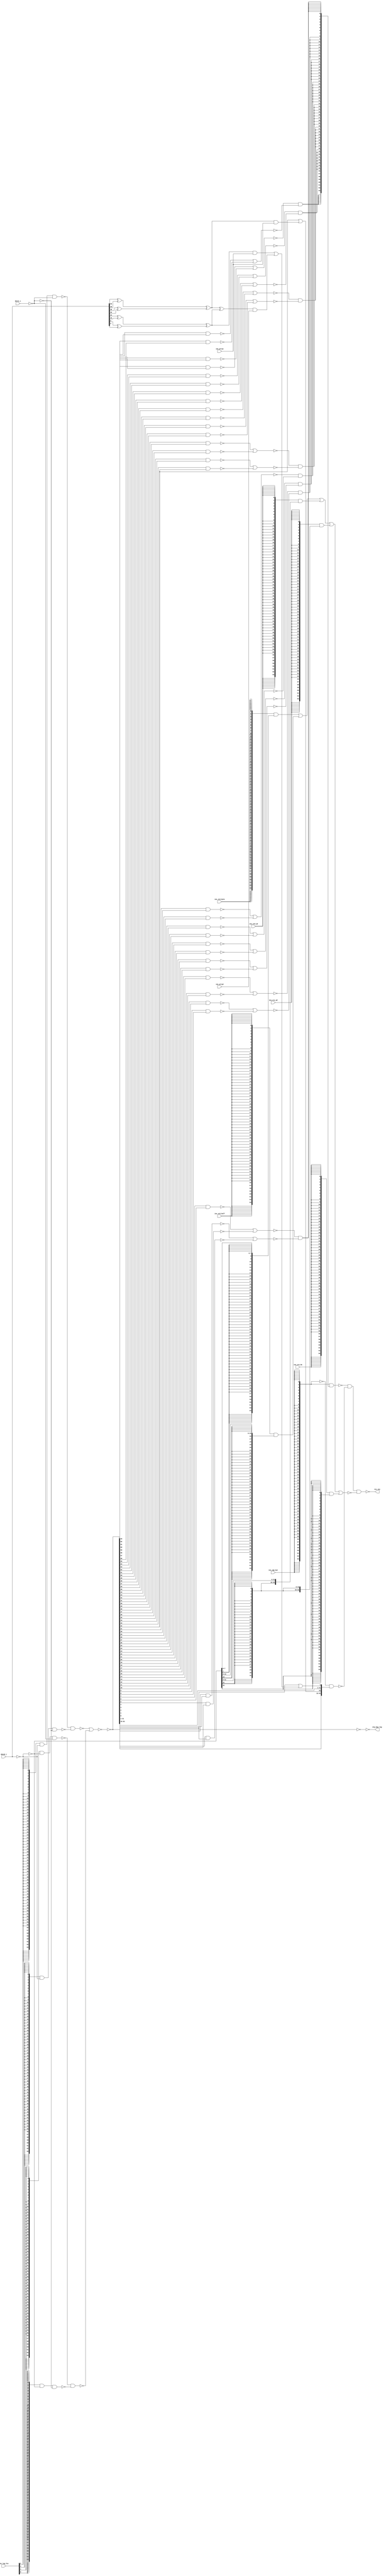
module tri_st_rot_ins(
   ins_log_fcn,
   ins_cmp_byt,
   ins_sra_wd,
   ins_sra_dw,
   ins_xtd_byte,
   ins_xtd_half,
   ins_xtd_wd,
   ins_prtyw,
   ins_prtyd,
   data0_i,
   data1_i,
   mrg_byp_log,
   res_ins
);
   input [0:3]   ins_log_fcn;		// use pass ra for rlwimi
   // rs, ra/rb
   // 0000 => "0"
   // 0001 => rs AND  rb
   // 0010 => rs AND !rb
   // 0011 => rs
   // 0100 => !rs and RB
   // 0101 =>         RB
   // 0110 => rs xor  RB
   // 0111 => rs or   RB
   // 1000 => rs nor  RB
   // 1001 => rs xnor RB (use for cmp-byt)
   // 1010 =>        !RB
   // 1011 => rs or  !rb
   // 1100 => !rs
   // 1101 => rs nand !rb, !rs or rb
   // 1110 => rs nand rb   ...
   // 1111 => "1"

   input         ins_cmp_byt;
   input         ins_sra_wd;
   input         ins_sra_dw;

   input         ins_xtd_byte;		// use with xtd
   input         ins_xtd_half;		// use with xtd
   input         ins_xtd_wd;		// use with xtd, sra

   input         ins_prtyw;
   input         ins_prtyd;

   input [0:63]  data0_i;		//data input (rs)
   input [0:63]  data1_i;		//data input (ra|rb)
   output [0:63] mrg_byp_log;
   output [0:63] res_ins;		//insert data (also result of logicals)


   wire [0:63]   mrg_byp_log_b;

   wire [0:63]   res_log;
   wire [0:7]    byt_cmp;
   wire [0:7]    byt_cmp_b;
   wire [0:63]   byt_cmp_bus;
   wire [0:63]   sign_xtd_bus;
   wire [0:63]   xtd_byte_bus;
   wire [0:63]   xtd_half_bus;
   wire [0:63]   xtd_wd_bus;
   wire [0:63]   sra_dw_bus;
   wire [0:63]   sra_wd_bus;
   wire [0:63]   res_ins0_b;
   wire [0:63]   res_ins1_b;
   wire [0:63]   res_ins2_b;
   wire [0:63]   res_log0_b;
   wire [0:63]   res_log1_b;
   wire [0:63]   res_log2_b;
   wire [0:63]   res_log3_b;
   wire [0:63]   res_log_o0;
   wire [0:63]   res_log_o1;
   wire [0:63]   res_log_b;
   wire [0:63]   res_log2;
   wire [0:3]    byt0_cmp2_b;
   wire [0:3]    byt1_cmp2_b;
   wire [0:3]    byt2_cmp2_b;
   wire [0:3]    byt3_cmp2_b;
   wire [0:3]    byt4_cmp2_b;
   wire [0:3]    byt5_cmp2_b;
   wire [0:3]    byt6_cmp2_b;
   wire [0:3]    byt7_cmp2_b;

   wire [0:1]    byt0_cmp4;
   wire [0:1]    byt1_cmp4;
   wire [0:1]    byt2_cmp4;
   wire [0:1]    byt3_cmp4;
   wire [0:1]    byt4_cmp4;
   wire [0:1]    byt5_cmp4;
   wire [0:1]    byt6_cmp4;
   wire [0:1]    byt7_cmp4;

   wire [0:63]   sel_cmp_byt;
   wire [0:63]   sel_cmp_byt_b;

   wire [0:63]   data0_b;
   wire [0:63]   data1_b;
   wire [0:63]   data0;
   wire [0:63]   data1;

   wire          prtyhw0;
   wire          prtyhw1;
   wire          prtyhw2;
   wire          prtyhw3;
   wire          prtyw0;
   wire          prtyw1;
   wire          prtyd;
   wire          prty0;
   wire          prty1;

   assign data0_b = (~data0_i);
   assign data1_b = (~data1_i);
   assign data0 = (~data0_b);
   assign data1 = (~data1_b);

   assign prtyhw0 = data0_i[7] ^ data0_i[15];
   assign prtyhw1 = data0_i[23] ^ data0_i[31];
   assign prtyhw2 = data0_i[39] ^ data0_i[47];
   assign prtyhw3 = data0_i[55] ^ data0_i[63];

   assign prtyw0 = prtyhw0 ^ prtyhw1;
   assign prtyw1 = prtyhw2 ^ prtyhw3;

   assign prtyd = prtyw0 ^ prtyw1;

   assign prty1 = (prtyw1 & ins_prtyw) | (prtyd & ins_prtyd);

   assign prty0 = (prtyw0 & ins_prtyw);

   assign res_log2[31] = res_log[31] | prty0;
   assign res_log2[63] = res_log[63] | prty1;
   assign res_log2[0:30] = res_log[0:30];
   assign res_log2[32:62] = res_log[32:62];

   assign res_log0_b[0:63] = (~({64{ins_log_fcn[0]}} & data0_b[0:63] & data1_b[0:63]));
   assign res_log1_b[0:63] = (~({64{ins_log_fcn[1]}} & data0_b[0:63] & data1[0:63]));
   assign res_log2_b[0:63] = (~({64{ins_log_fcn[2]}} & data0[0:63] & data1_b[0:63]));
   assign res_log3_b[0:63] = (~({64{ins_log_fcn[3]}} & data0[0:63] & data1[0:63]));
   assign res_log_o0[0:63] = (~(res_log0_b[0:63] & res_log1_b[0:63]));
   assign res_log_o1[0:63] = (~(res_log2_b[0:63] & res_log3_b[0:63]));
   assign res_log_b[0:63] = (~(res_log_o0[0:63] | res_log_o1[0:63]));
   assign res_log[0:63] = (~(res_log_b[0:63]));

   assign mrg_byp_log_b[0:63] = (~(res_log[0:63]));
   assign mrg_byp_log[0:63] = (~(mrg_byp_log_b[0:63]));

   assign byt0_cmp2_b[0] = (~(res_log[0] & res_log[1]));
   assign byt0_cmp2_b[1] = (~(res_log[2] & res_log[3]));
   assign byt0_cmp2_b[2] = (~(res_log[4] & res_log[5]));
   assign byt0_cmp2_b[3] = (~(res_log[6] & res_log[7]));
   assign byt1_cmp2_b[0] = (~(res_log[8] & res_log[9]));
   assign byt1_cmp2_b[1] = (~(res_log[10] & res_log[11]));
   assign byt1_cmp2_b[2] = (~(res_log[12] & res_log[13]));
   assign byt1_cmp2_b[3] = (~(res_log[14] & res_log[15]));
   assign byt2_cmp2_b[0] = (~(res_log[16] & res_log[17]));
   assign byt2_cmp2_b[1] = (~(res_log[18] & res_log[19]));
   assign byt2_cmp2_b[2] = (~(res_log[20] & res_log[21]));
   assign byt2_cmp2_b[3] = (~(res_log[22] & res_log[23]));
   assign byt3_cmp2_b[0] = (~(res_log[24] & res_log[25]));
   assign byt3_cmp2_b[1] = (~(res_log[26] & res_log[27]));
   assign byt3_cmp2_b[2] = (~(res_log[28] & res_log[29]));
   assign byt3_cmp2_b[3] = (~(res_log[30] & res_log[31]));
   assign byt4_cmp2_b[0] = (~(res_log[32] & res_log[33]));
   assign byt4_cmp2_b[1] = (~(res_log[34] & res_log[35]));
   assign byt4_cmp2_b[2] = (~(res_log[36] & res_log[37]));
   assign byt4_cmp2_b[3] = (~(res_log[38] & res_log[39]));
   assign byt5_cmp2_b[0] = (~(res_log[40] & res_log[41]));
   assign byt5_cmp2_b[1] = (~(res_log[42] & res_log[43]));
   assign byt5_cmp2_b[2] = (~(res_log[44] & res_log[45]));
   assign byt5_cmp2_b[3] = (~(res_log[46] & res_log[47]));
   assign byt6_cmp2_b[0] = (~(res_log[48] & res_log[49]));
   assign byt6_cmp2_b[1] = (~(res_log[50] & res_log[51]));
   assign byt6_cmp2_b[2] = (~(res_log[52] & res_log[53]));
   assign byt6_cmp2_b[3] = (~(res_log[54] & res_log[55]));
   assign byt7_cmp2_b[0] = (~(res_log[56] & res_log[57]));
   assign byt7_cmp2_b[1] = (~(res_log[58] & res_log[59]));
   assign byt7_cmp2_b[2] = (~(res_log[60] & res_log[61]));
   assign byt7_cmp2_b[3] = (~(res_log[62] & res_log[63]));

   assign byt0_cmp4[0] = (~(byt0_cmp2_b[0] | byt0_cmp2_b[1]));
   assign byt0_cmp4[1] = (~(byt0_cmp2_b[2] | byt0_cmp2_b[3]));
   assign byt1_cmp4[0] = (~(byt1_cmp2_b[0] | byt1_cmp2_b[1]));
   assign byt1_cmp4[1] = (~(byt1_cmp2_b[2] | byt1_cmp2_b[3]));
   assign byt2_cmp4[0] = (~(byt2_cmp2_b[0] | byt2_cmp2_b[1]));
   assign byt2_cmp4[1] = (~(byt2_cmp2_b[2] | byt2_cmp2_b[3]));
   assign byt3_cmp4[0] = (~(byt3_cmp2_b[0] | byt3_cmp2_b[1]));
   assign byt3_cmp4[1] = (~(byt3_cmp2_b[2] | byt3_cmp2_b[3]));
   assign byt4_cmp4[0] = (~(byt4_cmp2_b[0] | byt4_cmp2_b[1]));
   assign byt4_cmp4[1] = (~(byt4_cmp2_b[2] | byt4_cmp2_b[3]));
   assign byt5_cmp4[0] = (~(byt5_cmp2_b[0] | byt5_cmp2_b[1]));
   assign byt5_cmp4[1] = (~(byt5_cmp2_b[2] | byt5_cmp2_b[3]));
   assign byt6_cmp4[0] = (~(byt6_cmp2_b[0] | byt6_cmp2_b[1]));
   assign byt6_cmp4[1] = (~(byt6_cmp2_b[2] | byt6_cmp2_b[3]));
   assign byt7_cmp4[0] = (~(byt7_cmp2_b[0] | byt7_cmp2_b[1]));
   assign byt7_cmp4[1] = (~(byt7_cmp2_b[2] | byt7_cmp2_b[3]));

   assign byt_cmp_b[0] = (~(byt0_cmp4[0] & byt0_cmp4[1]));
   assign byt_cmp_b[1] = (~(byt1_cmp4[0] & byt1_cmp4[1]));
   assign byt_cmp_b[2] = (~(byt2_cmp4[0] & byt2_cmp4[1]));
   assign byt_cmp_b[3] = (~(byt3_cmp4[0] & byt3_cmp4[1]));
   assign byt_cmp_b[4] = (~(byt4_cmp4[0] & byt4_cmp4[1]));
   assign byt_cmp_b[5] = (~(byt5_cmp4[0] & byt5_cmp4[1]));
   assign byt_cmp_b[6] = (~(byt6_cmp4[0] & byt6_cmp4[1]));
   assign byt_cmp_b[7] = (~(byt7_cmp4[0] & byt7_cmp4[1]));

   assign byt_cmp[0] = (~(byt_cmp_b[0]));
   assign byt_cmp[1] = (~(byt_cmp_b[1]));
   assign byt_cmp[2] = (~(byt_cmp_b[2]));
   assign byt_cmp[3] = (~(byt_cmp_b[3]));
   assign byt_cmp[4] = (~(byt_cmp_b[4]));
   assign byt_cmp[5] = (~(byt_cmp_b[5]));
   assign byt_cmp[6] = (~(byt_cmp_b[6]));
   assign byt_cmp[7] = (~(byt_cmp_b[7]));

   assign byt_cmp_bus[0:7]   = {8{byt_cmp[0]}};
   assign byt_cmp_bus[8:15]  = {8{byt_cmp[1]}};
   assign byt_cmp_bus[16:23] = {8{byt_cmp[2]}};
   assign byt_cmp_bus[24:31] = {8{byt_cmp[3]}};
   assign byt_cmp_bus[32:39] = {8{byt_cmp[4]}};
   assign byt_cmp_bus[40:47] = {8{byt_cmp[5]}};
   assign byt_cmp_bus[48:55] = {8{byt_cmp[6]}};
   assign byt_cmp_bus[56:63] = {8{byt_cmp[7]}};

   assign xtd_byte_bus[0:63] = {{57{data0[56]}}, data0[57:63]};
   assign xtd_half_bus[0:63] = {{49{data0[48]}}, data0[49:63]};

   assign xtd_wd_bus[0:63] = {{33{data0[32]}}, data0[33:63]};
   assign sra_wd_bus[0:63] = {64{data0[32]}};		// all the bits for sra
   assign sra_dw_bus[0:63] = {64{data0[0]}};		// all the bits for sra

   assign sign_xtd_bus[0:63] = ({64{ins_xtd_byte}} & xtd_byte_bus[0:63]) |
                               ({64{ins_xtd_half}} & xtd_half_bus[0:63]) |
                               ({64{ins_xtd_wd}}   & xtd_wd_bus[0:63]) |
                               ({64{ins_sra_wd}}   & sra_wd_bus[0:63]) |
                               ({64{ins_sra_dw}}   & sra_dw_bus[0:63]);

   assign sel_cmp_byt   =  {64{ins_cmp_byt}};
   assign sel_cmp_byt_b = ~{64{ins_cmp_byt}};

   assign res_ins0_b[0:63] = (~(sel_cmp_byt & byt_cmp_bus[0:63]));
   assign res_ins1_b[0:63] = (~(sel_cmp_byt_b & res_log2[0:63]));
   assign res_ins2_b[0:63] = (~(sign_xtd_bus[0:63]));

   assign res_ins[0:63] = (~(res_ins0_b[0:63] & res_ins1_b[0:63] & res_ins2_b[0:63]));		//output--



endmodule